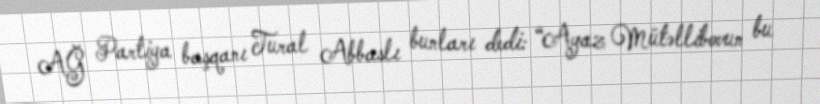
AĞ Partiya başqanı Tural Abbaslı bunları dedi: “Ayaz Mütəllibovun bu